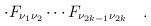
LaTeX: \begin{align*}\cdot F_{\nu _1\nu _2}\cdots F_{\nu _{2k-1}\nu _{2k}}\quad .\end{align*}